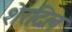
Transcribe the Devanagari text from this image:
शेरदिल